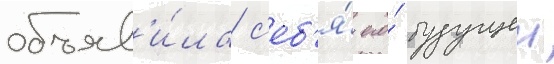
объяв'и́ла с'еб'я́ его́ будущеи